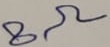
Text: 8Ω